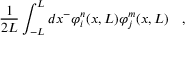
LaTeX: \frac { 1 } { 2 L } \int _ { - L } ^ { L } d x ^ { - } \varphi _ { i } ^ { n } ( x , L ) \varphi _ { j } ^ { m } ( x , L ) \quad ,